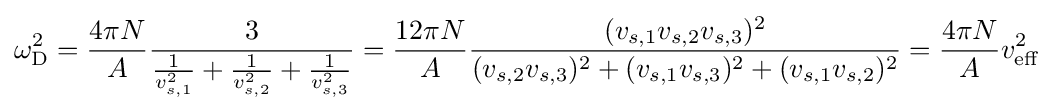
\omega _{\rm {D}}^{2}={\frac {4\pi N}{A}}{\frac {3}{{\frac {1}{v_{s,1}^{2}}}+{\frac {1}{v_{s,2}^{2}}}+{\frac {1}{v_{s,3}^{2}}}}}={\frac {12\pi N}{A}}{\frac {(v_{s,1}v_{s,2}v_{s,3})^{2}}{(v_{s,2}v_{s,3})^{2}+(v_{s,1}v_{s,3})^{2}+(v_{s,1}v_{s,2})^{2}}}={\frac {4\pi N}{A}}v_{\mathrm {eff} }^{2}